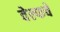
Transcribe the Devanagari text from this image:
वेल्फचे